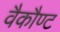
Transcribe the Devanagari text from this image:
वैकौण्ट